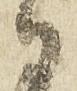
御